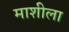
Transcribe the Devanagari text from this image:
माशीला